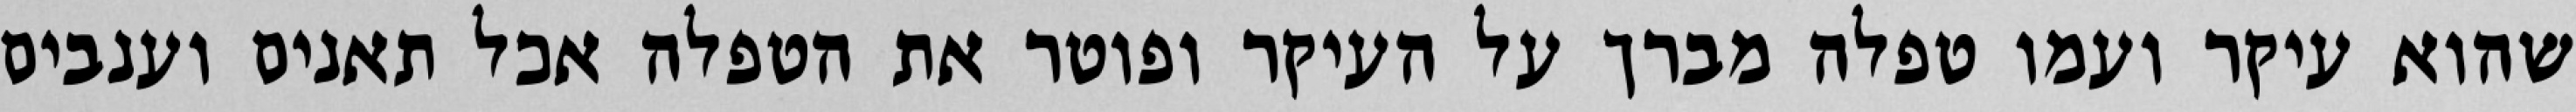
שהוא עיקר ועמו טפלה מברך על העיקר ופוטר את הטפלה אכל תאנים וענבים